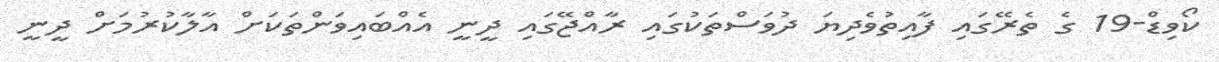
ކޯވިޑް-19 ގެ ތެރޭގައި ފާއިތުވެދިޔަ ދުވަސްތަކުގައި ރާއްޖޭގައި ދީނީ އެއްބައިވަންތަކަށް އާލާކުރުމަށް ދީނީ